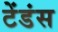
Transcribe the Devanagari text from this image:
टेंडंस